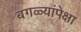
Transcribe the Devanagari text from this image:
बगळ्यांपेक्षा